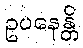
ဥပနေန္တိ